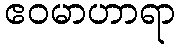
ဧဝမာဟာရာ